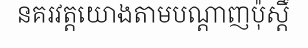
នគរវត្តយោងតាមបណ្តាញប៉ុស្តិ៍